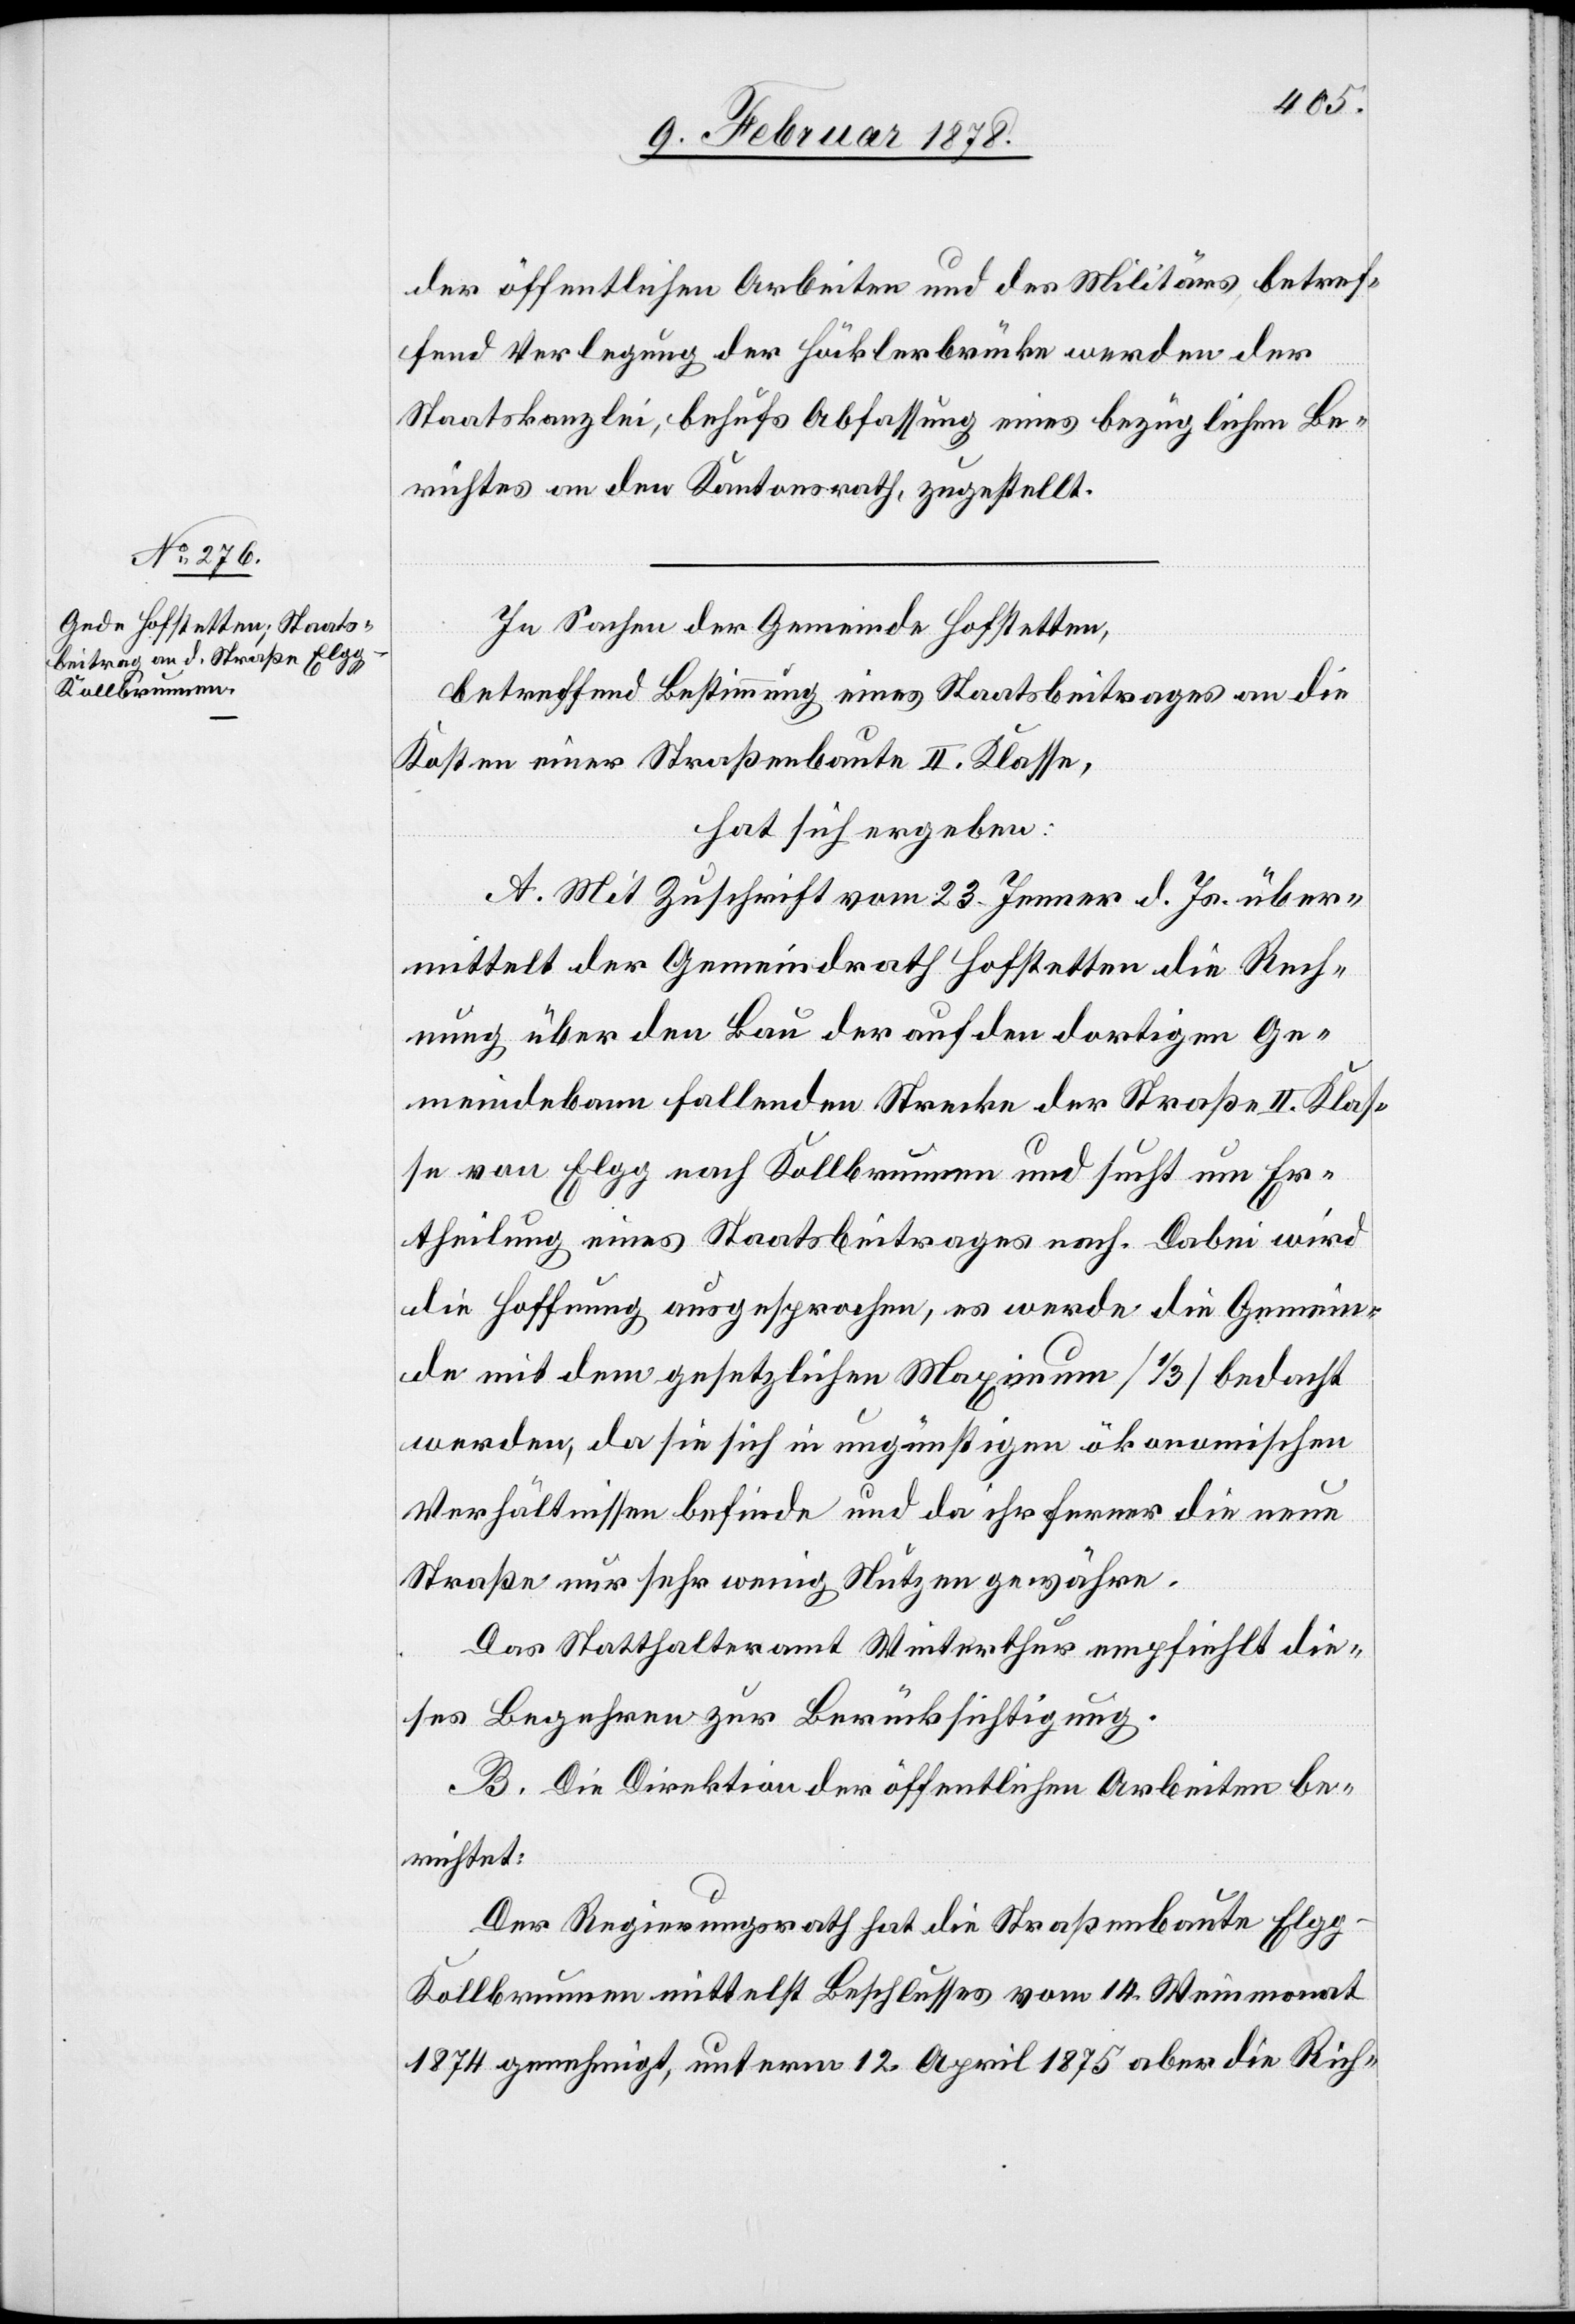
der öffentlichen Arbeiten und des Militärs betref¬
fend Verlegung der Höcklerbrücke werden der
Staatskanzlei, behufs Abfassung eines bezüglichen Be¬
richtes an den Kantonsrath, zugestellt.
In Sachen der Gemeinde Hofstetten,
betreffend Bestimmung eines Staatsbeitrages an die
Kosten einer Straßenbaute II. Klasse,
hat sich ergeben:
A. Mit Zuschrift vom 23. Jenner d. Js. über¬
mittelt der Gemeindrath Hofstetten die Rech¬
nung über den Bau der auf den dortigen Ge¬
meindebann fallenden Strecken der Straße II. Klas¬
se von Elgg nach Kollbrunnen und sucht um Er¬
theilung eines Staatsbeitrages nach. Dabei wird
die Hoffnung angesprochen, es werde die Gemein¬
de mit dem gesetzlichen Maximum (1/3) bedacht
werden, da sie sich in ungünstigen ökonomischen
Verhältnissen befinde und da ihr ferner die neue
Straße nur sehr wenig Nutzen gewähre.
Das Statthalteramt Winterthur empfiehlt die¬
ses Begehren zur Berücksichtigung.
B. Die Direktion der öffentlichen Arbeiten be¬
richtet:
Der Regierungsrath hat die Straßenbaute Elgg–K¬
ollbrunnen mittelst Beschlusses vom 14. Weinmonat
1874 genehmigt, unterm 12. April 1875 aber die Rich-